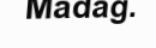
Madag.